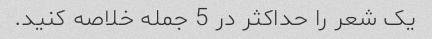
یک شعر را حداکثر در 5 جمله خلاصه کنید.